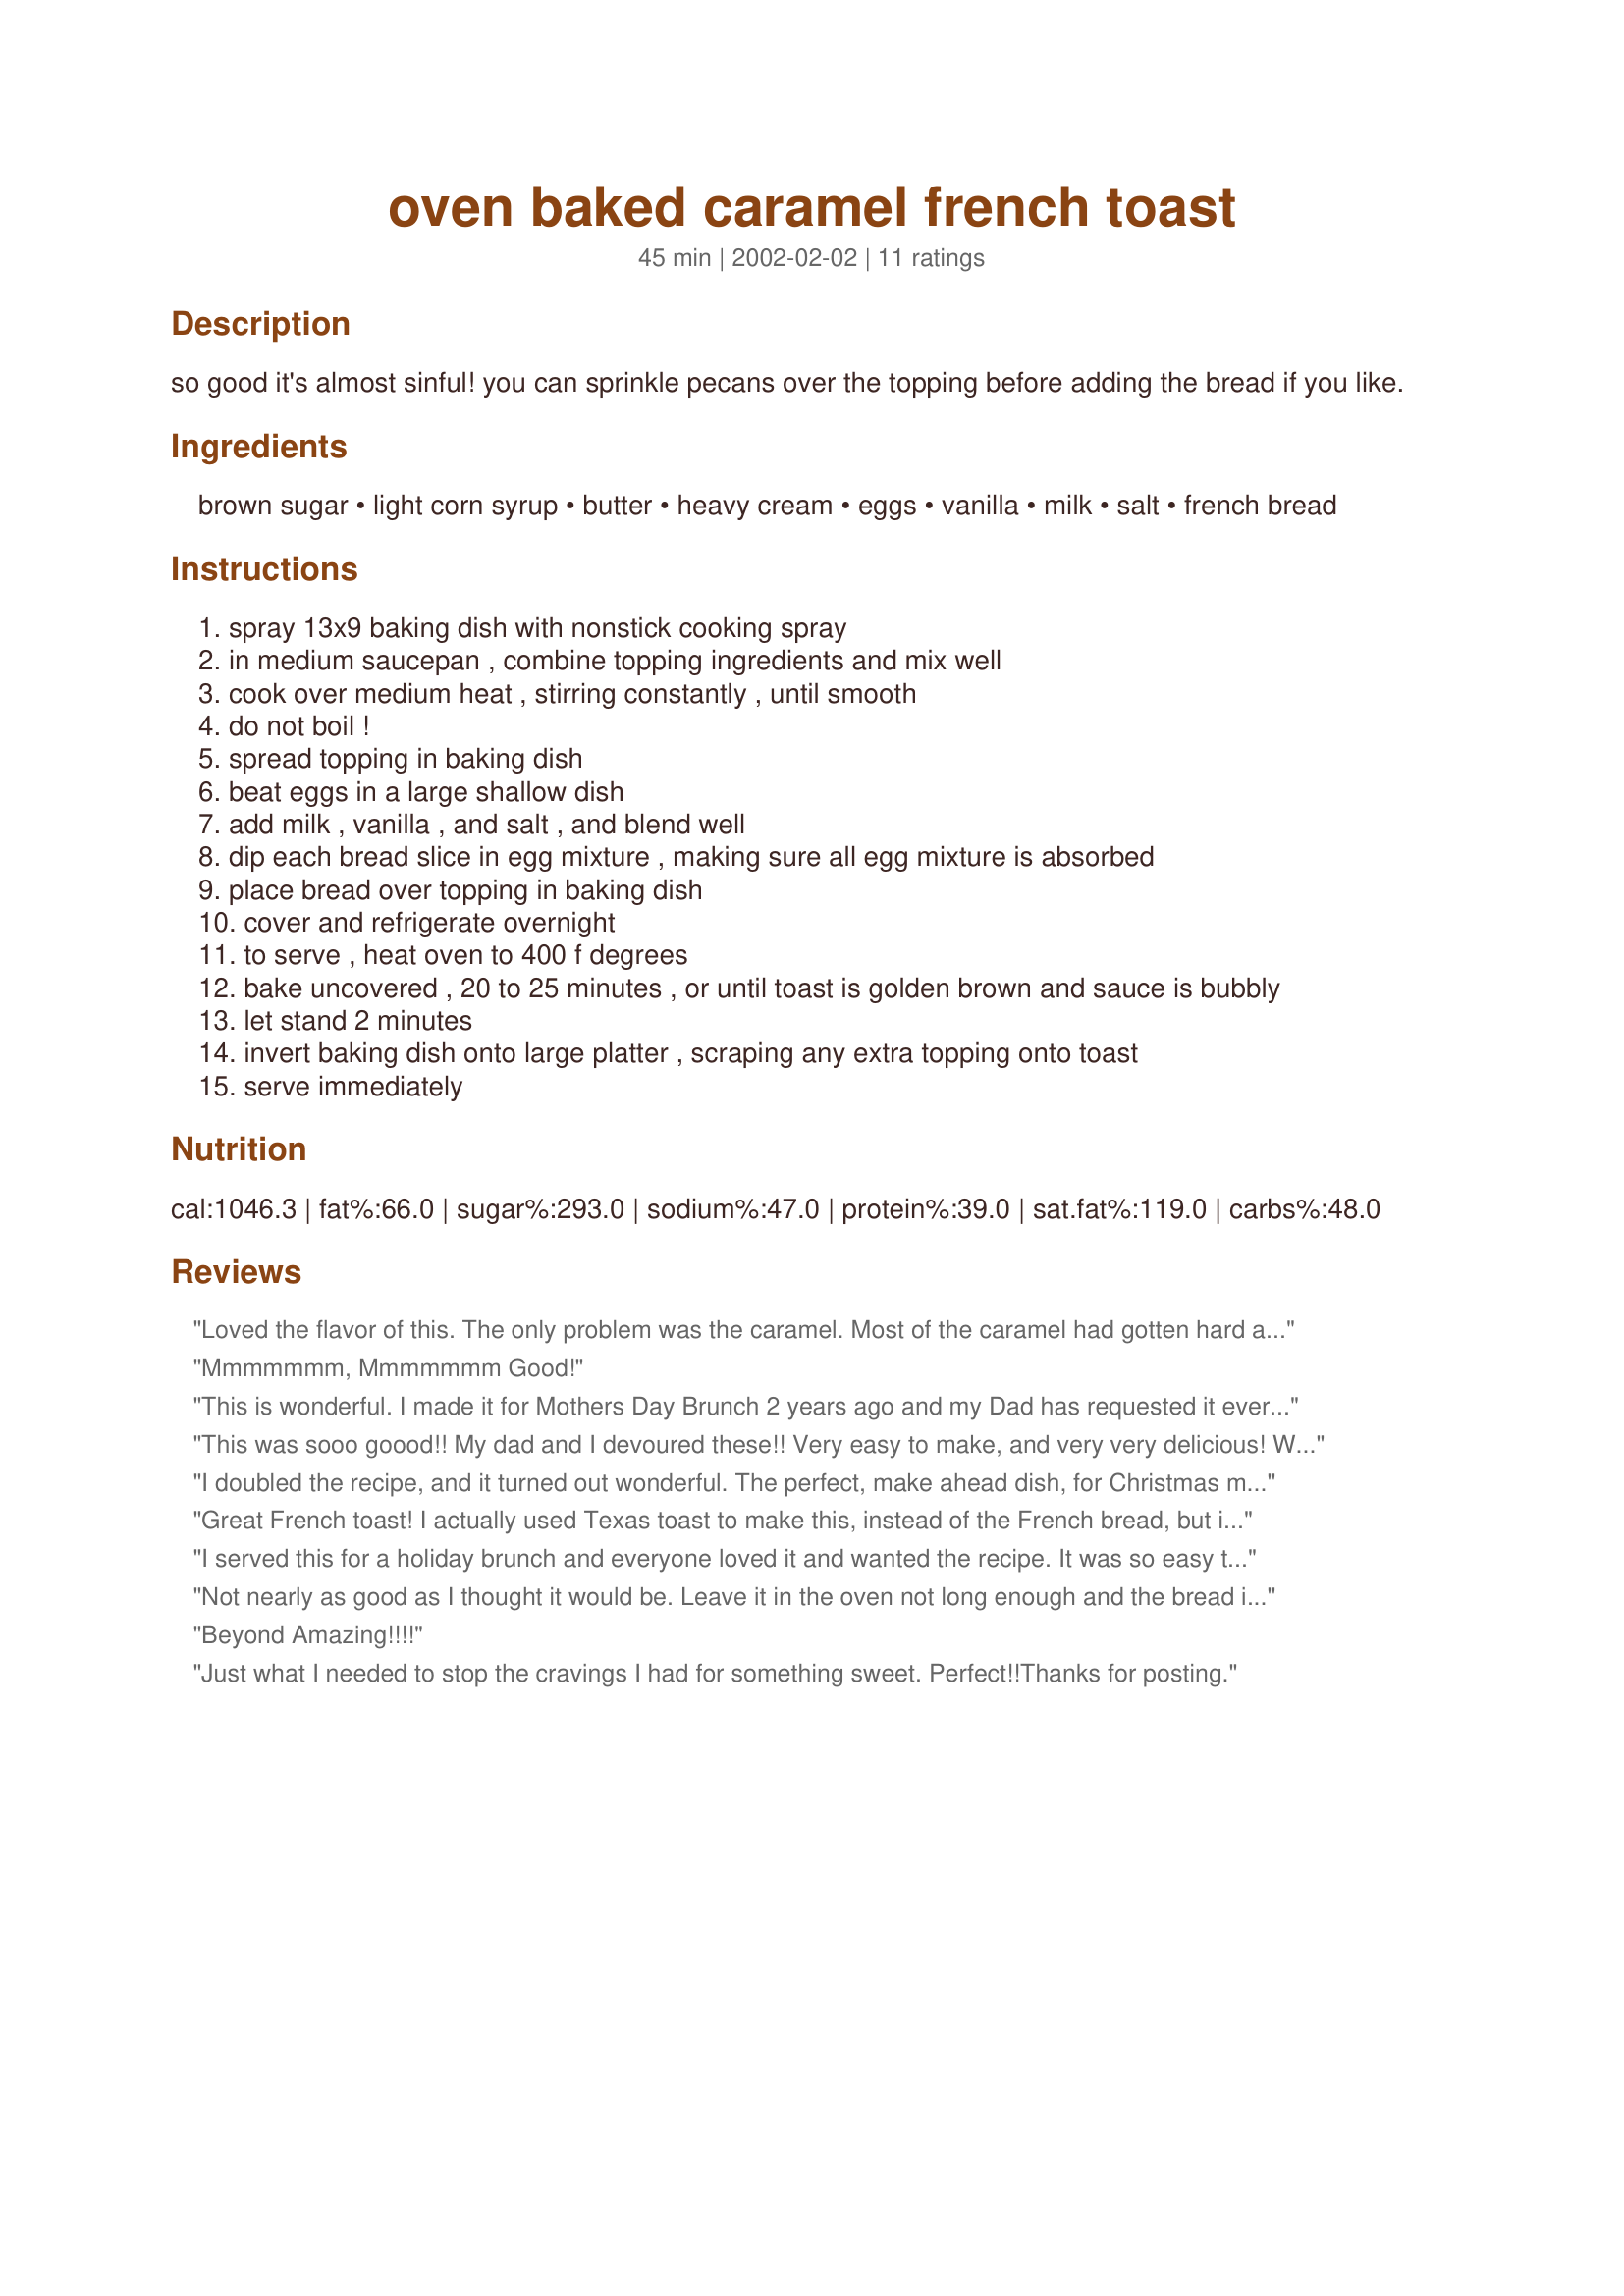
oven baked caramel french toast
Preparation time: 45 minutes

so good it's almost sinful! you can sprinkle pecans over the topping before adding the bread if you like.

Ingredients:
brown sugar, light corn syrup, butter, heavy cream, eggs, vanilla, milk, salt, french bread

Steps:
spray 13x9 baking dish with nonstick cooking spray
in medium saucepan , combine topping ingredients and mix well
cook over medium heat , stirring constantly , until smooth
do not boil !
spread topping in baking dish
beat eggs in a large shallow dish
add milk , vanilla , and salt , and blend well
dip each bread slice in egg mixture , making sure all egg mixture is absorbed
place bread over topping in baking dish
cover and refrigerate overnight
to serve , heat oven to 400 f degrees
bake uncovered , 20 to 25 minutes , or until toast is golden brown and sauce is bubbly
let stand 2 minutes
invert baking dish onto large platter , scraping any extra topping onto toast
serve immediately

Reviews:
Loved the flavor of this. The only problem was the caramel. Most of the caramel had gotten hard and extremely sticky, rip your teeth out sticky. It seems the caramel in the middle of the pan was perfect but all around the edges it was hard and stuck to the pan. My 9 yr old devoured it though. I might try again and maybe thin out the caramel a little more. I loved the idea of dipping the bread vs just pouring it on. I did not use up all the egg, maybe that was the problem with caramel but the bread had a perfect texture. It wasn't mushy like other overnight toasts. I did use pecans and they were wonderful. I am going to try again because the taste was wonderful.
Mmmmmmm, Mmmmmmm Good!
This is wonderful. I made it for Mothers Day Brunch 2 years ago and my Dad has requested it ever since. It is one of my favorite recipes.
This was sooo goood!! My dad and I devoured these!! Very easy to make, and very very delicious! Will be making these often :)
I doubled the recipe, and it turned out wonderful. The perfect, make ahead dish, for Christmas morning. I am not much of a "sweet" eater when it comes to breakfast, but this was too delicious to pass up. Wonderful, thanks.
Great French toast! I actually used Texas toast to make this, instead of the French bread, but it worked out just fine. DH and I agreed that this was rich and wonderful. Don't even think of putting syrup on this stuff! Only the top of this toast will become "toasty". I've submitted a photo...hope it looks as good as it tastes.
I served this for a holiday brunch and everyone loved it and wanted the recipe. It was so easy to make. Thanks for a great keeper!
Not nearly as good as I thought it would be. Leave it in the oven not long enough and the bread is soggy, not brown or crusty. Leave it in the oven to long and the caramel turns to rock but the bread is nicely toasted. Made for Zaar Chef Alphabet Soup.
Beyond Amazing!!!!
Just what I needed to stop the cravings I had for something sweet. Perfect!!Thanks for posting.
When I baked this in a convection oven for 25 mins at 375, I found the top dry &amp; the bottom too moist &amp; runny. To correct this, I cut the bread slices in half, turned them over &amp; broiled for 10 minutes. The result was perfect - and there were no leftovers.
